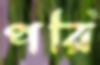
পরি